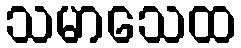
သမာသေထ